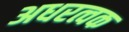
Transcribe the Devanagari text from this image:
अधरत्वक